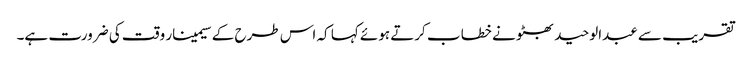
تقریب سے عبدالوحید بھٹو نے خطا ب کرتے ہوئے کہا کہ اس طرح کے سیمینار وقت کی ضرورت ہے۔